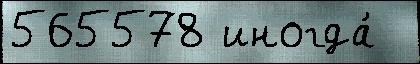
565578 иногда́